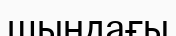
шындағы